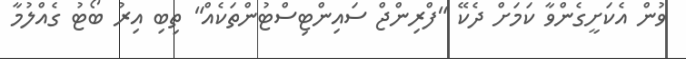
ވުން އެކަށީގެންވާ ކަމަށް ދެކޭ "ފްރިންޖް ސައިންޓިސްޓުންތަކެއް" ތިބި އިރު ބޯޓު ގެއްލުމާ